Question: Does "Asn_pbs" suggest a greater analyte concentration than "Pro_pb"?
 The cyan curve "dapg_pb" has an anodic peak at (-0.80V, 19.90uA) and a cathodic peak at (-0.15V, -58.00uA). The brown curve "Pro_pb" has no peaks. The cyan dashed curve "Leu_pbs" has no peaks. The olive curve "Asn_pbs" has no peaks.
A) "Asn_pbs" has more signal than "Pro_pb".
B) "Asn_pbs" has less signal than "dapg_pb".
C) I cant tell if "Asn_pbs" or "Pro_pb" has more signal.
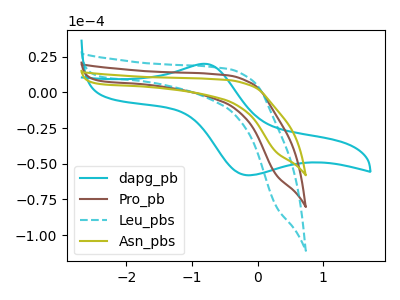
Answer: <think>Neither "Asn_pbs" or "Pro_pb" have any peaks.
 </think>
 <answer>C) I cant tell if "Asn_pbs" or "Pro_pb" has more signal.</answer>
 <eval>C</eval>